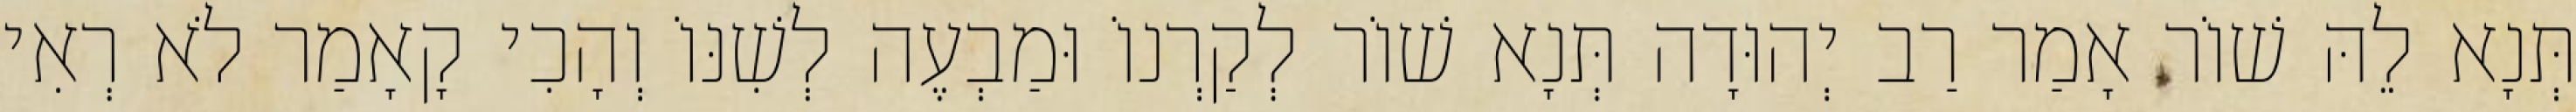
תְּנָא לֵהּ שׁוֹר אָמַר רַב יְהוּדָה תְּנָא שׁוֹר לְקַרְנוֹ וּמַבְעֶה לְשִׁנּוֹ וְהָכִי קָאָמַר לֹא רְאִי